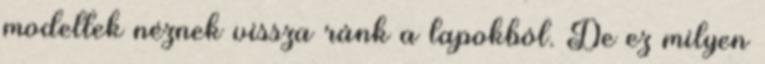
modellek néznek vissza ránk a lapokból. De ez milyen